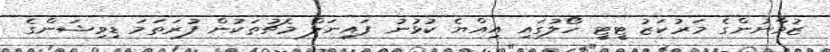
ޒުވާނުންގެ މަރުކަޒު ޓީޓީ ހޯލުގައި އިއްޔެ ކުޅުނު ފައިނަލް މެޗުތަކުން ފުރަތަމަ ޑިވިޝަންގެ